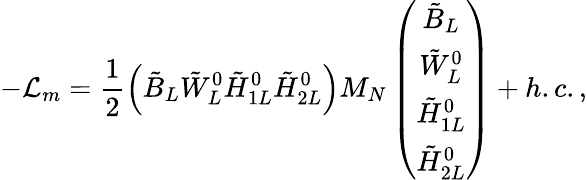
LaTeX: -{\cal L}_{m}=\frac{1}{2}\left(\tilde{B}_{L}\tilde{W}_{L}^{0}\tilde{H}_{1L}^{0}\tilde{H}_{2L}^{0}\right)M_{N}\left(\begin{array}{c}{{\tilde{B}_{L}}}\\ {{\tilde{W}_{L}^{0}}}\\ {{\tilde{H}_{1L}^{0}}}\\ {{\tilde{H}_{2L}^{0}}}\end{array}\right)+h.c.,